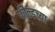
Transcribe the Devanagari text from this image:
फील्डच्या